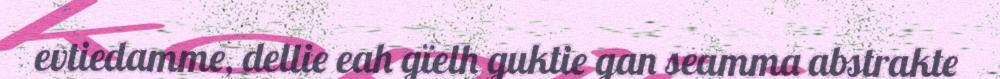
evtiedamme, dellie eah gïelh guktie gan seamma abstrakte